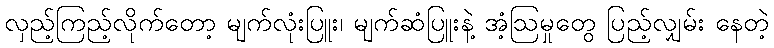
လှည့်ကြည့်လိုက်တော့ မျက်လုံးပြူး၊ မျက်ဆံပြူးနဲ့ အံ့ဩမှုတွေ ပြည့်လျှမ်း နေတဲ့